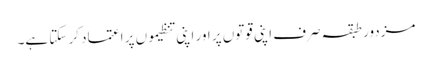
مزدور طبقہ صرف اپنی قوتوں پر اور اپنی تنظیموں پر اعتماد کر سکتا ہے۔